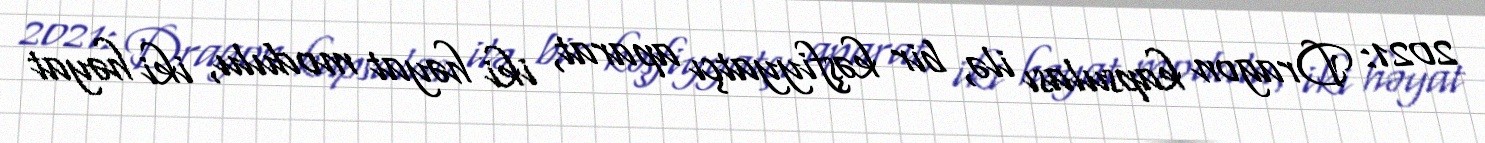
2021: Dragon kapsulası ilə, bir kəşfiyyatçı aparat, iki həyat modulu, iki həyat